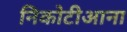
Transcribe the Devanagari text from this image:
निकोटीआना